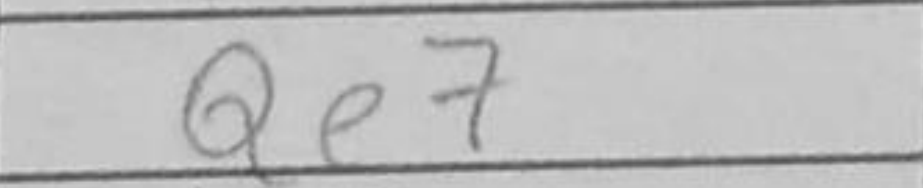
Transcription: Qe7